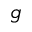
g